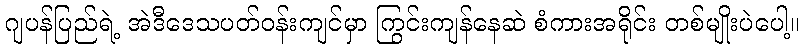
ဂျပန်ပြည်ရဲ့ အဲဒီဒေသပတ်ဝန်းကျင်မှာ ကြွင်းကျန်နေဆဲ စံကားအရိုင်း တစ်မျိုးပဲပေါ့။